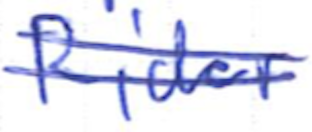
Text: Rider
Cross-out: double-line
Writing tool: ballpoint